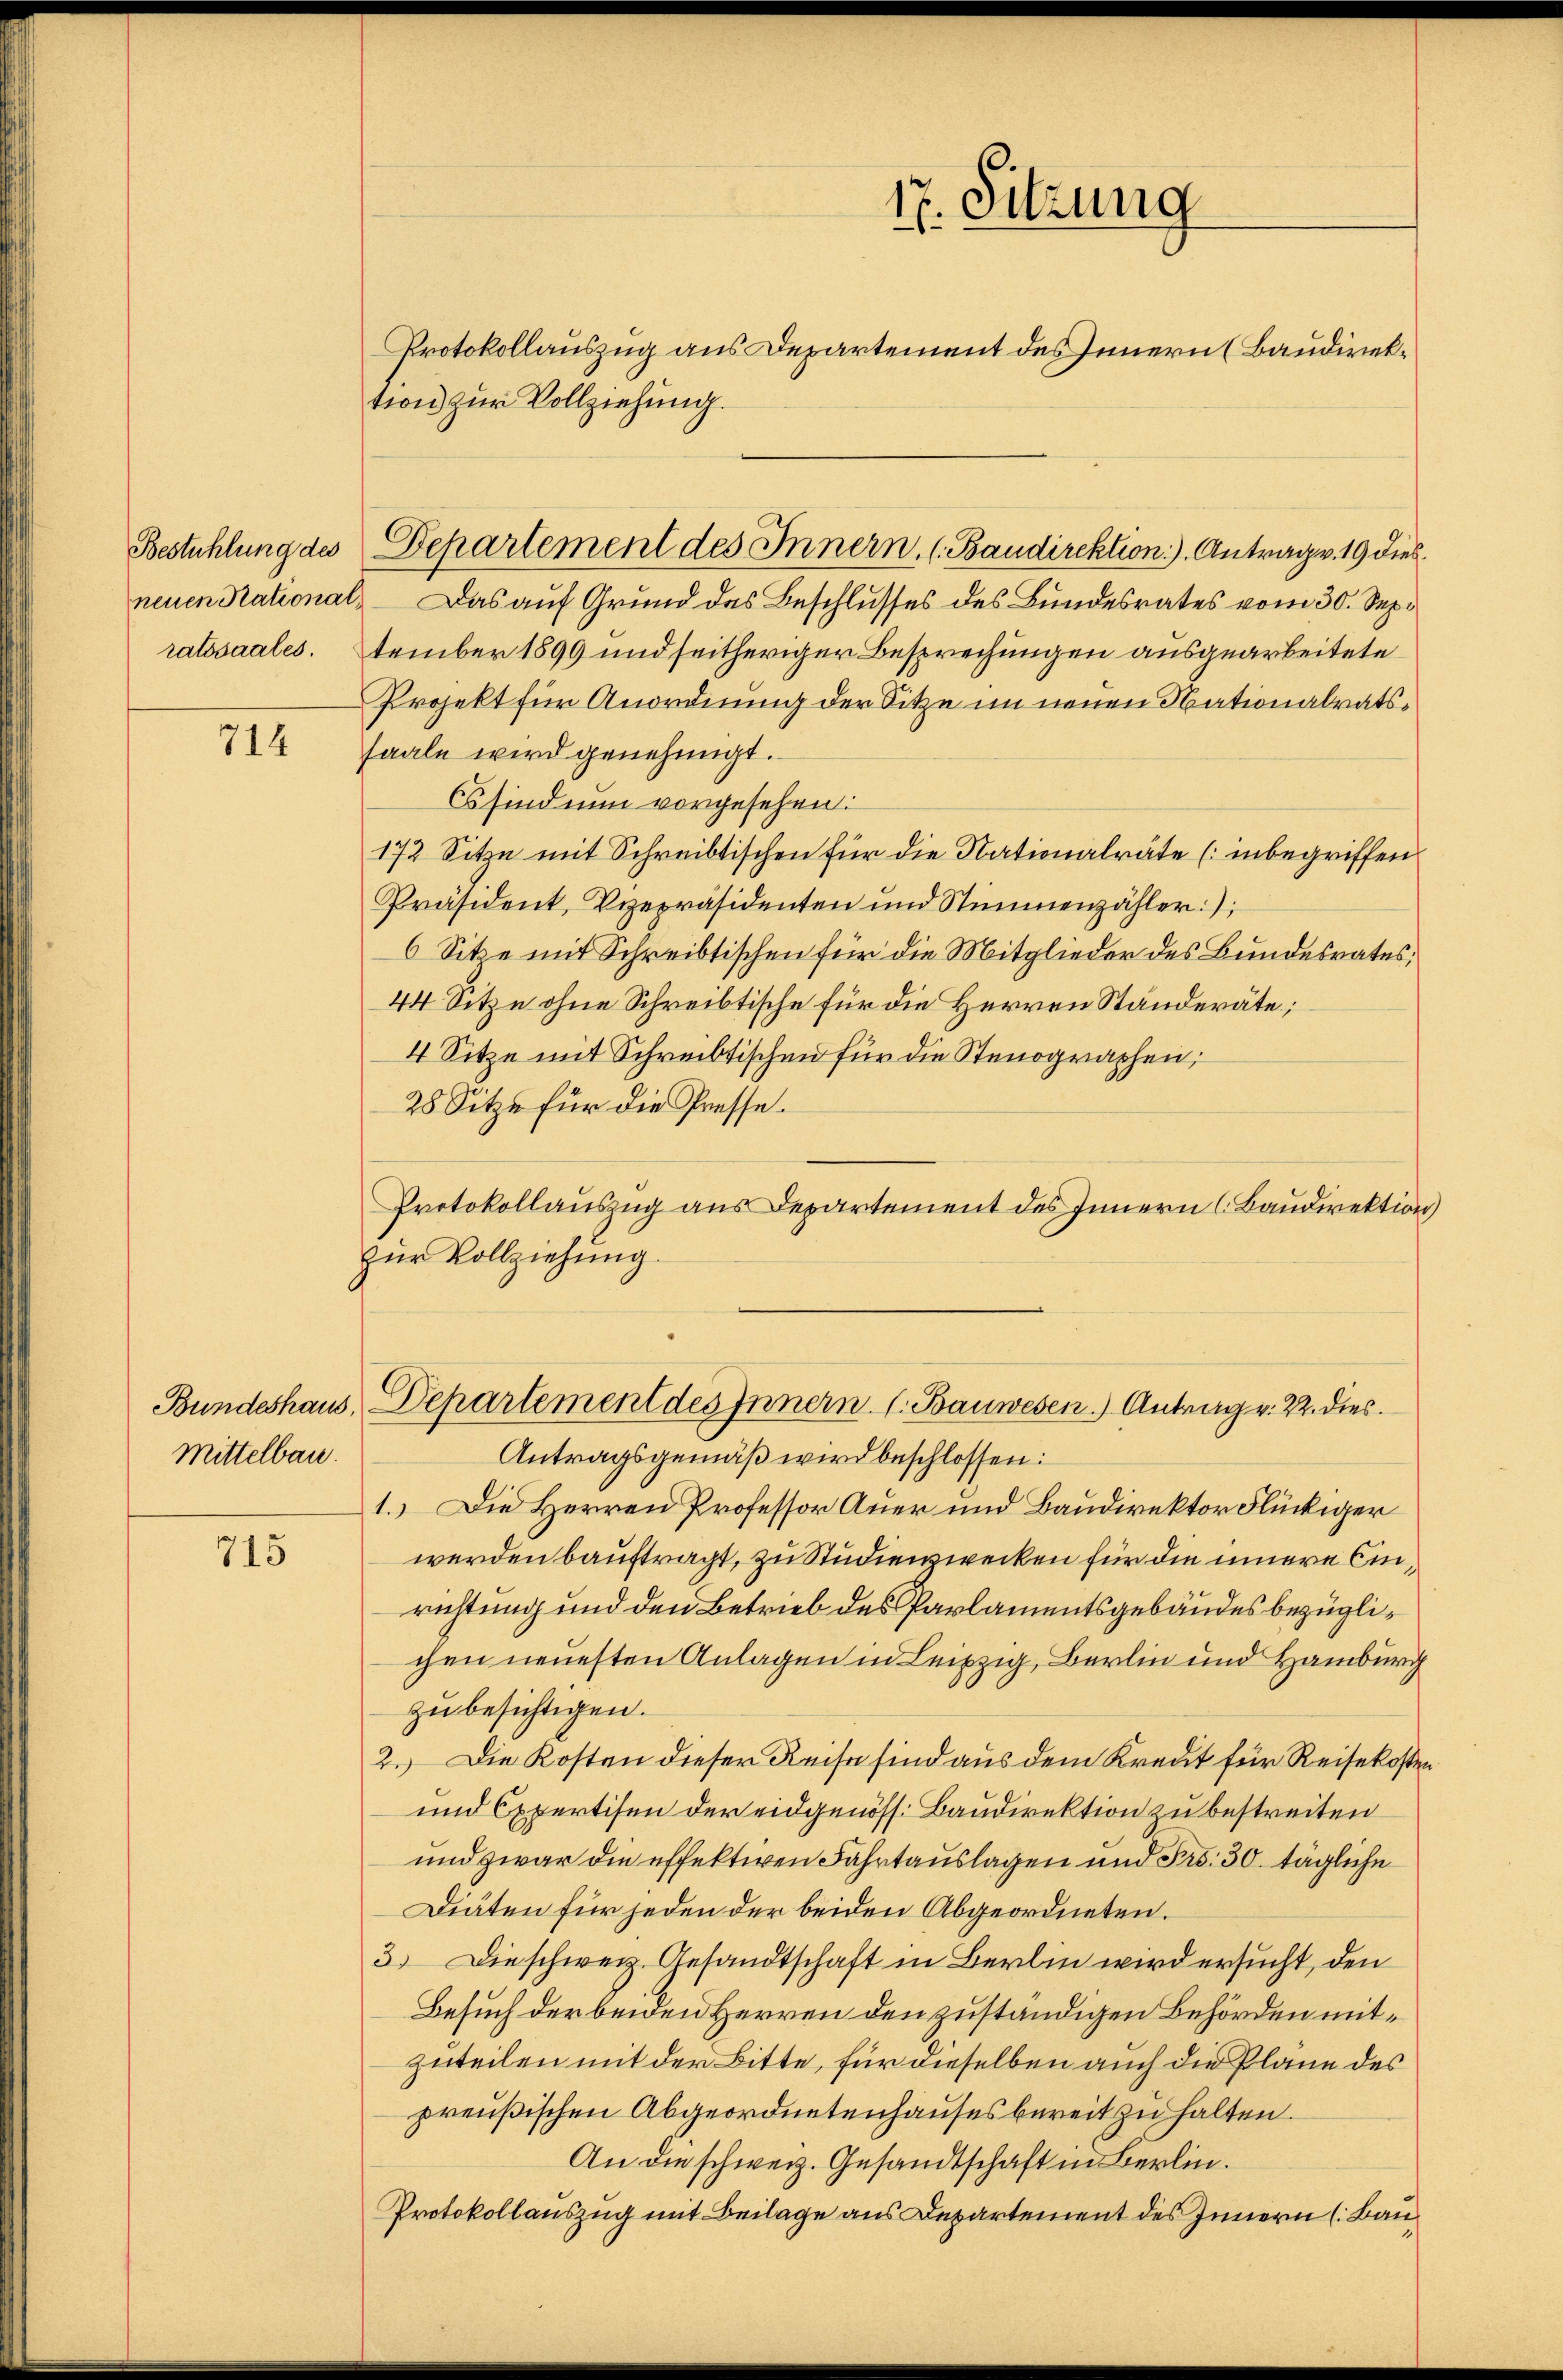
Bestühlung des

714

Mittelbau.

715

neuen Rational, Das auf Grund des Beschlusses des Bundesrates vom 30. Sep.
ratssaales. tember 1899 und seitheriger Besprechungen ausgearbeitete
Projekt für Anordnung der Sitze im neuen Nationalratssaale wird genehmigt.
Es sind nun vorgesehen.
172 Sitze mit Schreibtischen für die Nationalräte (inbegriffen
Präsident, Vizepräsidenten und Stimmenzähler
6 Sitze mit Schreibtischen für die Mitglieder des Bundesrates;
44 Sitze ohne Schreibtische für die Herren Ständeräte;
4 Sitze mit Schreibtischen für die Stenographen;
28 Sitze für die Presse.
Protokollauszug aus Departement des Innern (Baudirektion
zur Vollziehung.

tion zur Vollziehung.

Departement des Innern, (Baudirektion). Antrag v. 19 dies¬

12. Sitzung
“
Protokollauszug aus Departement des Innern (Baudirek¬

Bundeshaus, Departement des Innern. l. Bauwesen. Antrag v. 22. dies

Antragsgemäß wird beschlossen:
1.) Die Herren Professor Auer und Baudirektor Flückiger
werden bauftragt, zu Studienzwecken für die innere Einrichtung und den Betrieb des Parlamentsgebäudes bezüglichen neuesten Anlagen in Leipzig, Berlin und Hamburg
zu besichtigen.
2. Die Kosten dieser Reise sind aus dem Kreut für Reisekosten
und Expertisen der eidgenöss. Baudirektion zu bestreiten
und zwar die effektiven Fahrtauslagen und Frs. 30. tägliche
Diäten für jeden der beiden Abgeordneten.
3.) Die schweiz. Gesandtschaft in Berlin wird ersucht, den
Besuch der beiden Herren den zuständigen Behörden mitzuteilen mit der Bitte, für dieselben auch die Pläne des
preußischen Abgeordnetenhauses bereit zu halten.
An die schweiz. Gesandtschaft in Berlin.
Protokollauszug mit Beilage aus Departement des Innern (Bau,